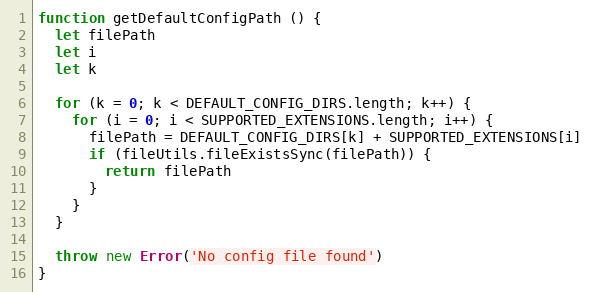
Language: JavaScript
function getDefaultConfigPath () {
  let filePath
  let i
  let k

  for (k = 0; k < DEFAULT_CONFIG_DIRS.length; k++) {
    for (i = 0; i < SUPPORTED_EXTENSIONS.length; i++) {
      filePath = DEFAULT_CONFIG_DIRS[k] + SUPPORTED_EXTENSIONS[i]
      if (fileUtils.fileExistsSync(filePath)) {
        return filePath
      }
    }
  }

  throw new Error('No config file found')
}